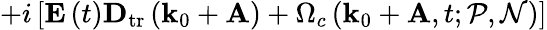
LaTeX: +i\left[\mathbf{E}\left(t\right)\mathbf{D}_{\mathrm{tr}}\left(\mathbf{k}_{0}+\mathbf{A}\right)+\Omega_{c}\left(\mathbf{k}_{0}+\mathbf{A},t;\mathcal{P},\mathcal{N}\right)\right]